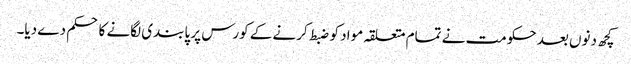
کچھ دنوں بعد حکومت نے تمام متعلقہ مواد کو ضبط کرنے کے کورس پر پابندی لگانے کا حکم دے دیا۔